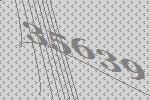
35639